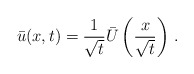
\begin{align*} \bar{u}(x,t) = \frac{1}{\sqrt{t}} \bar{U} \left( \frac{x}{\sqrt{t}} \right) \, .\end{align*}